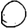
Digit: 0